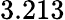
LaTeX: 3.213